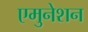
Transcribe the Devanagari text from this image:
एमुनेशन